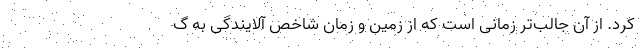
کرد. از آن جالب‌تر زمانی است که از زمین و زمان شاخص آلایندگی به گ